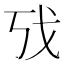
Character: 𫻦